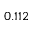
0 . 1 1 2